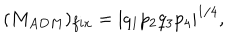
( M _ { A D M } ) _ { f i x } = | q _ { 1 } p _ { 2 } q _ { 3 } p _ { 4 } | ^ { 1 / 4 } ,